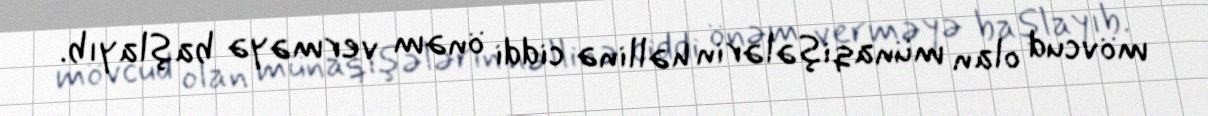
mövcud olan münaqişələrin həllinə ciddi önəm verməyə başlayıb.